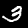
Digit: 3